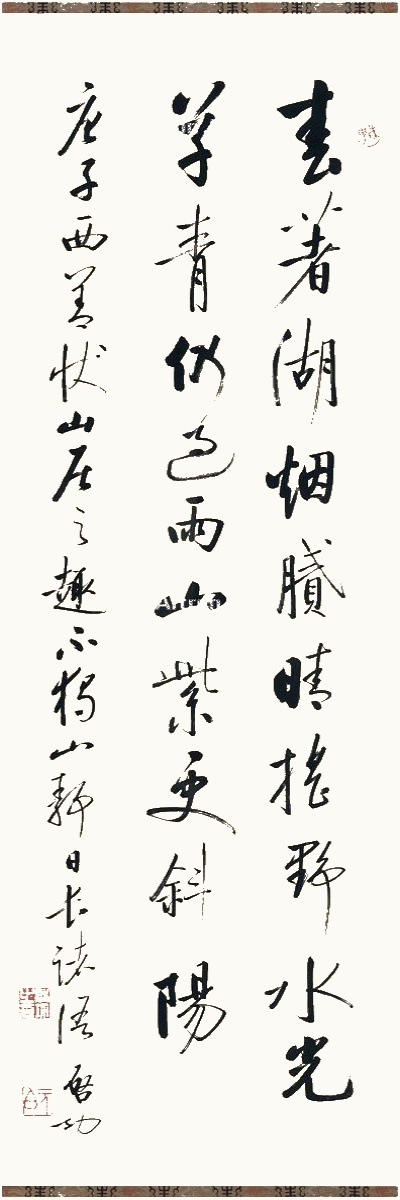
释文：春着湖烟腻，晴摇野水光。草青仍过雨，山紫更斜阳。唐子西善状山居之趣，不独山静日长诸语。启功。